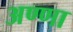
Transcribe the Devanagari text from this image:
अण्‍णा